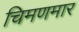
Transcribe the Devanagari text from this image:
चिमणमार